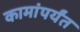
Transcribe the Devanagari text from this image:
कामांपर्यंत